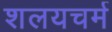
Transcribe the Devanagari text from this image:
शलयचर्म